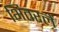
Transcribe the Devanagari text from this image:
भितरलें